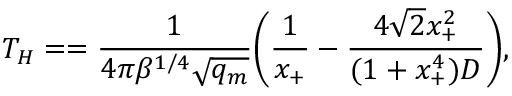
T _ { H } = = \frac { 1 } { 4 \pi \beta ^ { 1 / 4 } \sqrt { q _ { m } } } \biggl ( \frac { 1 } { x _ { + } } - \frac { 4 \sqrt { 2 } x _ { + } ^ { 2 } } { ( 1 + x _ { + } ^ { 4 } ) D } \biggr ) ,